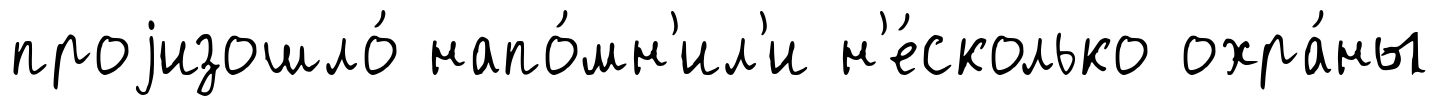
проjизошло́ напо́мн'ил'и н'е́сколько охра́ны